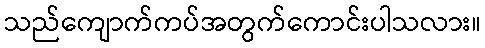
သည်ကျောက်ကပ်အတွက်ကောင်းပါသလား။